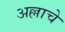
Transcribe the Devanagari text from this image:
अल्लाचे